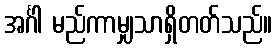
အင်္ဂါ မည်ကာမျှသာရှိတတ်သည်။